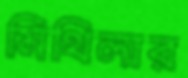
মিথিলার